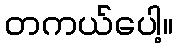
တကယ်ပေါ့။